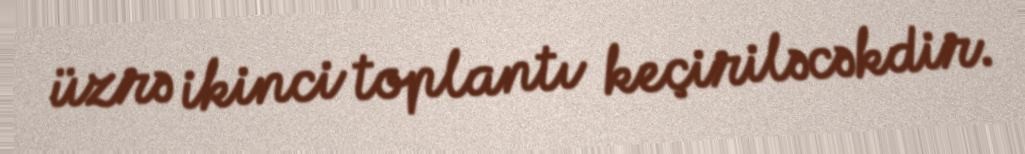
üzrə ikinci toplantı keçiriləcəkdir.